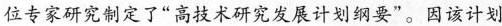
位专家研究制定了”高技术研究发展计划纲要”。因该计划